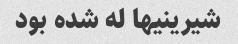
شیرینیها له شده بود